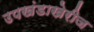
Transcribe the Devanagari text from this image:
उपखंडाखेरीज